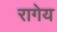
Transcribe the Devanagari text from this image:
रागेय